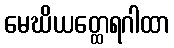
မေဃိယတ္ထေရဂါထာ